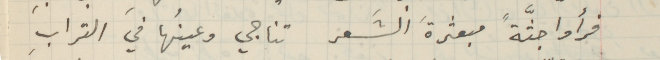
فرأوا جثَّةً مبعثرةَ الشَعر تناجي وعينُها في الترابِ